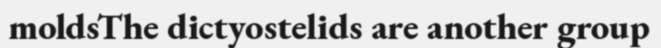
moldsThe dictyostelids are another group